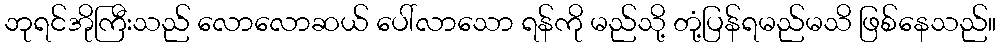
ဘုရင်အိုကြီးသည် လောလောဆယ် ပေါ်လာသော ရန်ကို မည်သို့ တုံ့ပြန်ရမည်မသိ ဖြစ်နေသည်။